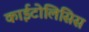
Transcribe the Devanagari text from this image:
काईटोलिसिस